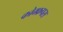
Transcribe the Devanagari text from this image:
कोम्‍फ्रपस